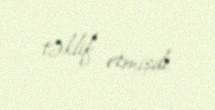
təklif etmişdi.